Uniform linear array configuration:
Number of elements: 4
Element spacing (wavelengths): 0.25
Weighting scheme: uniform
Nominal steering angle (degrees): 60
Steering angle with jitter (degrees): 59.988
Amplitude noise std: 0.05
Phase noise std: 0.05

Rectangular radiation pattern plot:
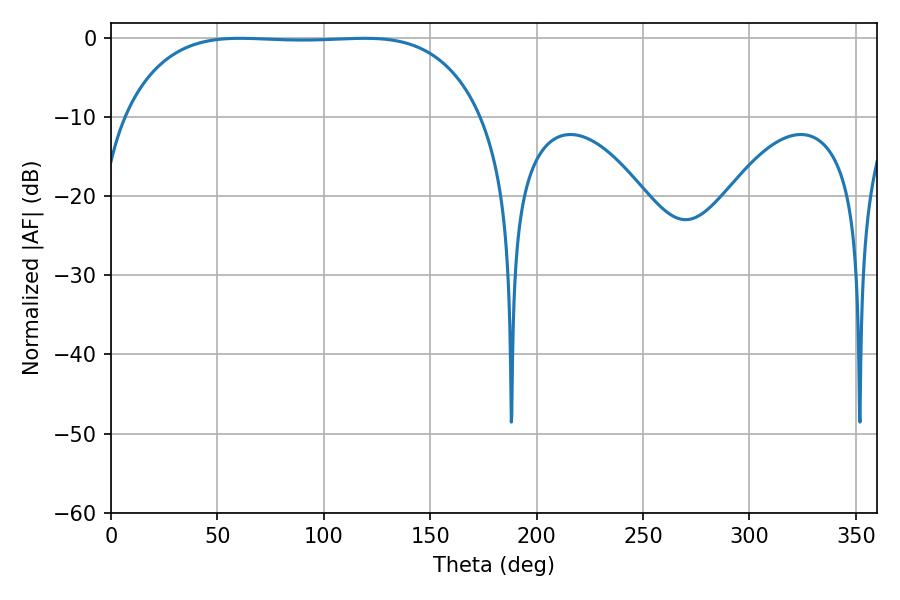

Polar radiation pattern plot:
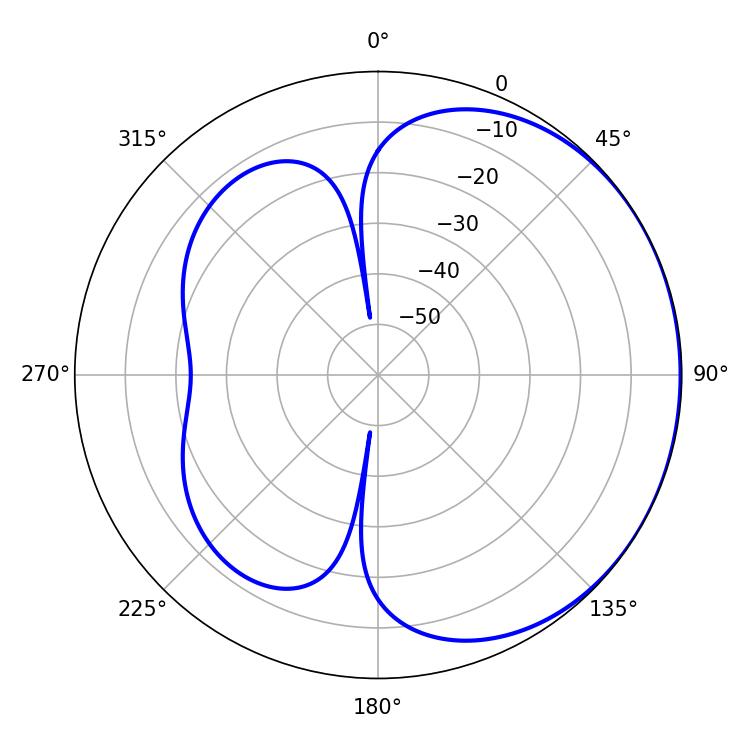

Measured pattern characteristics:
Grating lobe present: FALSE
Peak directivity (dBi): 0.7441
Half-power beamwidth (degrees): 131.04
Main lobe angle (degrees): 60.66